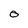
Character: O